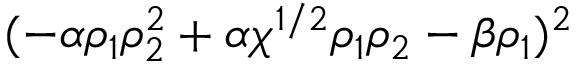
( - \alpha \rho _ { 1 } \rho _ { 2 } ^ { 2 } + \alpha \chi ^ { 1 / 2 } \rho _ { 1 } \rho _ { 2 } - \beta \rho _ { 1 } ) ^ { 2 }